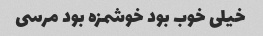
خیلی خوب بود خوشمزه بود مرسی